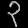
Digit: ၃